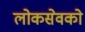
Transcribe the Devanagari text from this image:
लोकसेवको